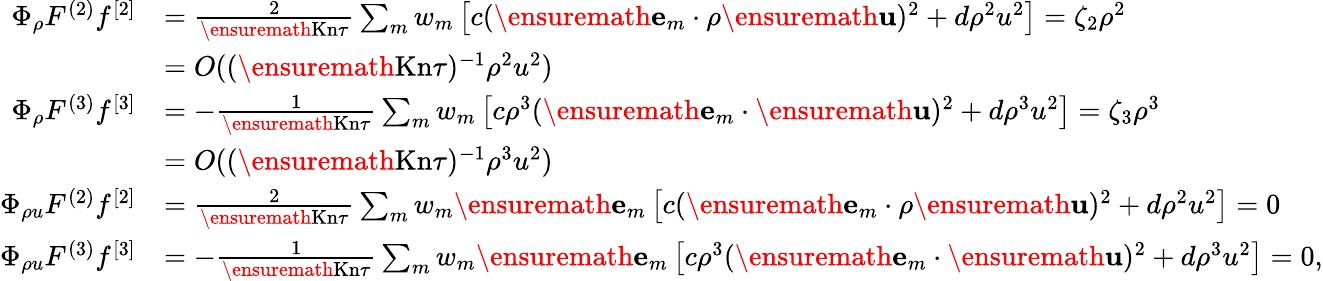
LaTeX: \begin{array}{rl}{\Phi_{\rho}F^{(2)}f^{[2]}}&{=\frac 2{\ensuremath{\mathrm{Kn}}\tau}\sum_{m}w_{m}\left[c(\ensuremath{\mathbf{e}}_{m}\cdot\rho\ensuremath{\mathbf{u}})^{2}+d\rho^{2}u^{2}\right]=\zeta_{2}\rho^{2}}\\ &{=O((\ensuremath{\mathrm{Kn}}\tau)^{-1}\rho^{2}u^{2})}\\ {\Phi_{\rho}F^{(3)}f^{[3]}}&{=-\frac 1{\ensuremath{\mathrm{Kn}}\tau}\sum_{m}w_{m}\left[c\rho^{3}(\ensuremath{\mathbf{e}}_{m}\cdot\ensuremath{\mathbf{u}})^{2}+d\rho^{3}u^{2}\right]=\zeta_{3}\rho^{3}}\\ &{=O((\ensuremath{\mathrm{Kn}}\tau)^{-1}\rho^{3}u^{2})}\\ {\Phi_{\rho u}F^{(2)}f^{[2]}}&{=\frac 2{\ensuremath{\mathrm{Kn}}\tau}\sum_{m}w_{m}\ensuremath{\mathbf{e}}_{m}\left[c(\ensuremath{\mathbf{e}}_{m}\cdot\rho\ensuremath{\mathbf{u}})^{2}+d\rho^{2}u^{2}\right]=0}\\ {\Phi_{\rho u}F^{(3)}f^{[3]}}&{=-\frac 1{\ensuremath{\mathrm{Kn}}\tau}\sum_{m}w_{m}\ensuremath{\mathbf{e}}_{m}\left[c\rho^{3}(\ensuremath{\mathbf{e}}_{m}\cdot\ensuremath{\mathbf{u}})^{2}+d\rho^{3}u^{2}\right]=0,}\end{array}